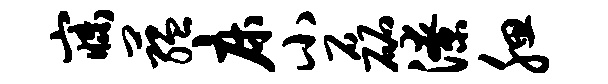
寐蕴床小磊潦腮